Civil Veterinary Department. United Provinces 1912-22 - 1912-1922
Year: 1912
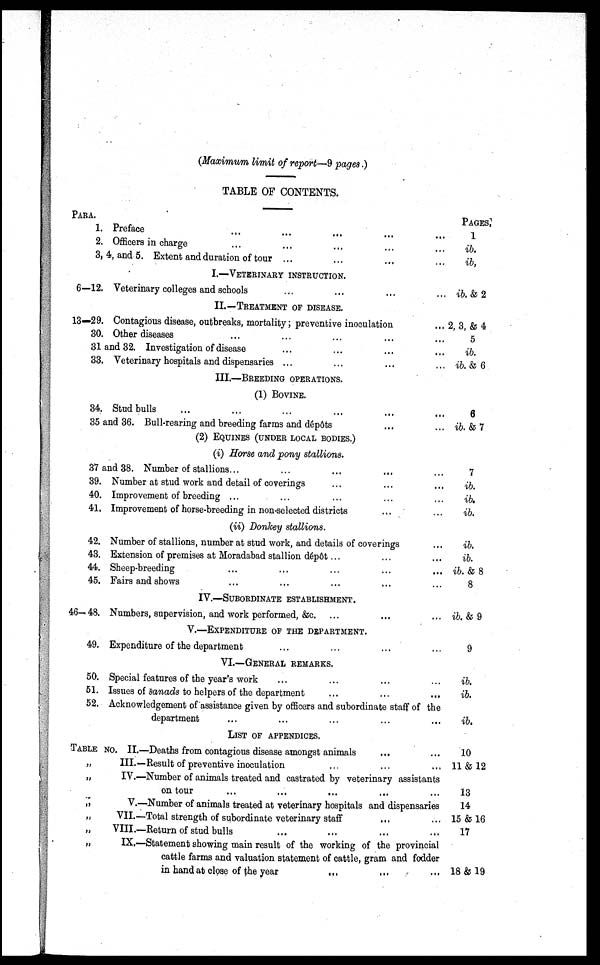
(Maximum limit of report—9 pages.)
TABLE OF CONTENTS.
PARA.
1.
2.
Preface ... ... ... ... ...
Officers in charge ... ... ... ... ...
3, 4, and 5. Extent and duration of tour ... ... ... ...
6—12.
13-29.
30.
I.—VETERINARY INSTRUCTION.
Veterinary colleges and schools ... ... ... ...
II.—TREATMENT OF DISEASE.
Contagious disease, outbreaks, mortality ; preventive inoculation
...
Other diseases ... ... ... ... ...
31 and 32. Investigation of disease ... ... ... ...
33.
34.
Veterinary hospitals and dispensaries ... ... ... ...
III.—BREEDING OPERATIONS.
(1) BOVINE.
Stud bulls ... ... ... ... ... ...
35 and 36. Bull-rearing and breeding farms and dépôts ... ...
(2) EQUINES (UNDER LOCAL BODIES.)
(i) Horse and pony stallions.
37 and 38. Number of stallions... ... ... ... ...
39.
40.
41.
42.
43.
44.
45.
46-48.
49.
50.
51.
52.
Number at stud work and detail of coverings ... ... ...
Improvement of breeding ... ... ... ... ...
Improvement of horse-breeding in non-selected districts
... ...
(ii) Donkey stallions.
Number of stallions, number at stud work, and details of coverings ...
Extension of premises at Moradabad stallion dépôt ... ... ...
Sheep-breeding ... ... ... ... ...
Fairs and shows ... ... ... ... ...
IV.—SUBORDINATE ESTABLISHMENT.
Numbers, supervision, and work performed, &c. ... ... ...
V.—EXPENDITURE OF THE DEPARTMENT.
Expenditure of the department ... ... ... ...
VI.—GENERAL REMARKS.
Special features of the year's work ... ... ... ...
Issues of sanads to helpers of the department ... ... ...
Acknowledgement of assistance given by officers and subordinate staff of the
department ... ... ... ... ...
LIST OF APPENDICES.
TABLE NO. II.—Deaths from contagious disease amongst animals ... ...
„
„
„
„
„
„
III.—Result of preventive inoculation ... ... ...
IV.—Number of animals treated and castrated by veterinary assistants
on tour ... ... ... ... ...
V.—Number of animals treated at veterinary hospitals and dispensaries
VII.—Total strength of subordinate veterinary staff
... ...
VIII.—Return of stud bulls ... ... ... ...
IX.—Statement showing main result of the working of the provincial
cattle farms and valuation statement of cattle, gram and fodder
in hand at close of the year
... ... ...
PAGES.
1
ib.
ib,
ib. & 2
2, 3, & 4
5
ib.
ib. & 6
6
ib. & 7
7
ib.
ib.
ib.
ib.
ib.
ib. & 8
8
ib. & 9
9
ib.
ib.
ib.
10
11 & 12
13
14
15 & 16
17
18 & 19